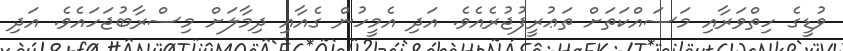
ވުޑީގެ ހިތްވަރާއި މަސައްކަތަށް ތަޢުރީފުޖުރެއެވެ. އަދި އެމީހުން ގެއާއި ދިމާލަށް މިސްރާބުޖަހައެވެ. އަދި